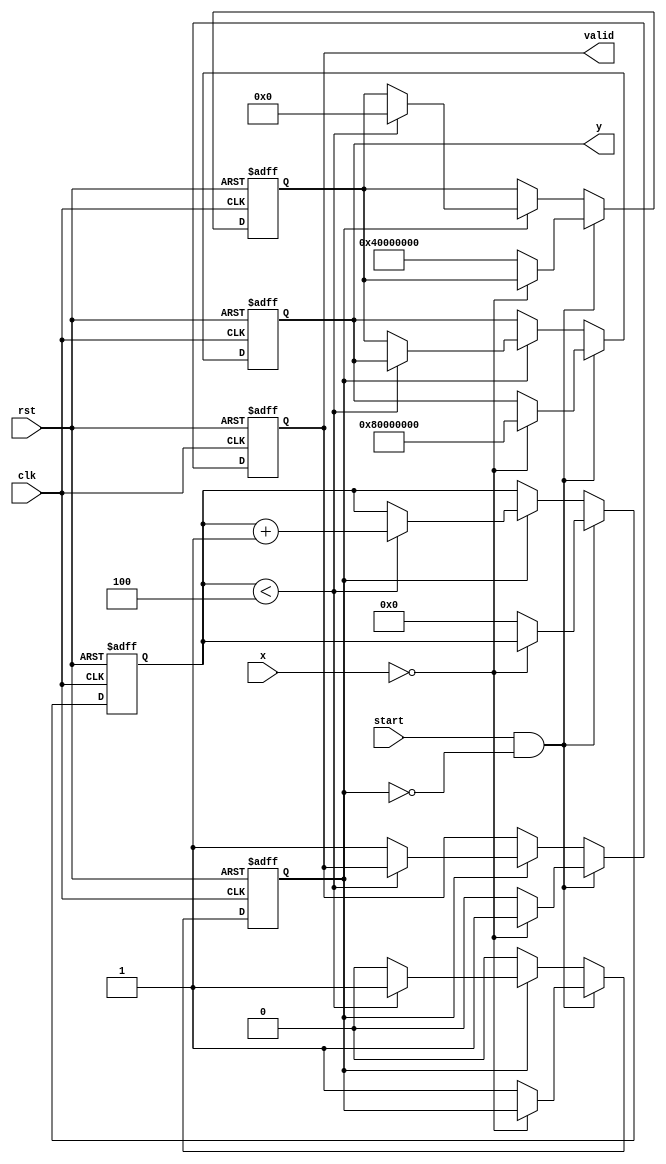
module binary_fractional_reciprocal #(
    parameter N = 16, // Input width
    parameter M = 32  // Output width (should be greater than N)
)(
    input  wire clk,          // Clock signal
    input  wire rst,          // Reset signal
    input  wire [N-1:0] x,    // Input fractional number (0 <= x < 1)
    input  wire start,        // Start signal for computation
    output reg [M-1:0] y,     // Output reciprocal (1/x)
    output reg valid          // Output valid signal
);

    reg [M-1:0] approx;      // Current approximation of the reciprocal
    reg [3:0] iteration;      // Iteration counter
    reg computing;            // Flag to indicate if computation is in progress

    // Constants
    localparam MAX_ITERATIONS = 4; // Number of iterations for Newton-Raphson
    localparam LARGE_VALUE = {1'b1, {M-1{1'b0}}}; // Large value for zero input

    always @(posedge clk or posedge rst) begin
        if (rst) begin
            y <= 0;
            valid <= 0;
            approx <= 0;
            iteration <= 0;
            computing <= 0;
        end else begin
            if (start && !computing) begin
                // Check for zero input
                if (x == 0) begin
                    y <= LARGE_VALUE; // Return large value for zero input
                    valid <= 1;
                end else begin
                    // Initialize approximation
                    approx <= {1'b1, {M-2{1'b0}}}; // Initial guess (1.0)
                    iteration <= 0;
                    computing <= 1;
                    valid <= 0;
                end
            end else if (computing) begin
                if (iteration < MAX_ITERATIONS) begin
                    // Newton-Raphson iteration: approx = approx * (2 - x * approx)
                    approx <= approx * (2**M - x * approx) >> M;
                    iteration <= iteration + 1;
                end else begin
                    // Final output after iterations
                    y <= approx;
                    valid <= 1;
                    computing <= 0;
                end
            end
        end
    end
endmodule